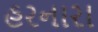
હરનારા